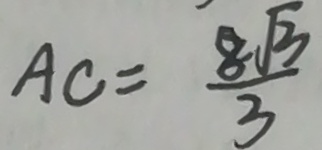
A C = \frac { 8 \sqrt { 3 } } { 3 }